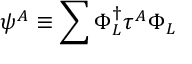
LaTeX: \psi ^ { A } \equiv \sum \Phi _ { L } ^ { \dagger } \tau ^ { A } \Phi _ { L }